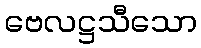
ဗေလဋ္ဌသီသော